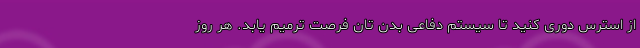
از استرس دوری کنید تا سیستم دفاعی بدن تان فرصت ترمیم یابد. هر روز